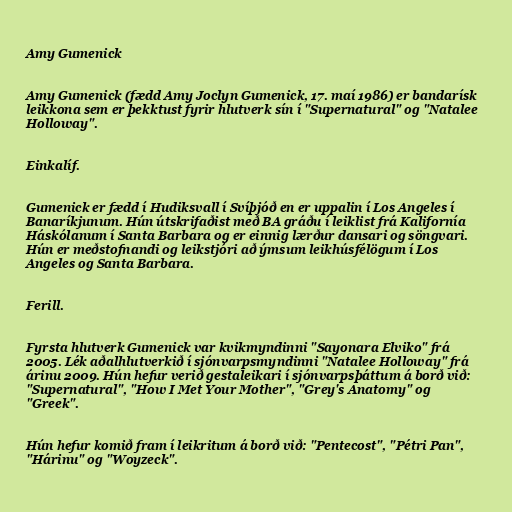
Amy Gumenick

Amy Gumenick (fædd Amy Joclyn Gumenick, 17. maí 1986) er bandarísk
leikkona sem er þekktust fyrir hlutverk sín í "Supernatural" og "Natalee
Holloway".

Einkalíf.

Gumenick er fædd í Hudiksvall í Svíþjóð en er uppalin í Los Angeles í
Banaríkjunum. Hún útskrifaðist með BA gráðu í leiklist frá Kalifornía
Háskólanum í Santa Barbara og er einnig lærður dansari og söngvari.
Hún er meðstofnandi og leikstjóri að ýmsum leikhúsfélögum í Los
Angeles og Santa Barbara.

Ferill.

Fyrsta hlutverk Gumenick var kvikmyndinni "Sayonara Elviko" frá
2005. Lék aðalhlutverkið í sjónvarpsmyndinni "Natalee Holloway" frá
árinu 2009. Hún hefur verið gestaleikari í sjónvarpsþáttum á borð við:
"Supernatural", "How I Met Your Mother", "Grey's Anatomy" og
"Greek".

Hún hefur komið fram í leikritum á borð við: "Pentecost", "Pétri Pan",
"Hárinu" og "Woyzeck".